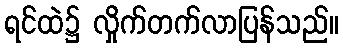
ရင်ထဲ၌ လှိုက်တက်လာပြန်သည်။